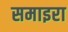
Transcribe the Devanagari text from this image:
समाइरा